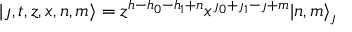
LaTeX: | \jmath , t , z , x , n , m \rangle = z ^ { h - h _ { 0 } - h _ { 1 } + n } x ^ { \jmath _ { 0 } + \jmath _ { 1 } - \jmath + m } | n , m \rangle _ { \jmath }